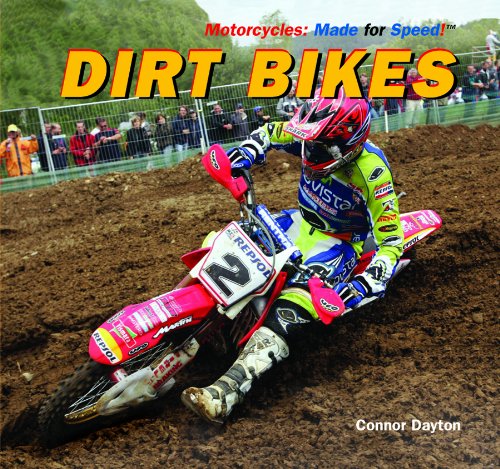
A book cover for Dirt Bikes (Motorcycles: Made for Speed); Connor Dayton; Children's Books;